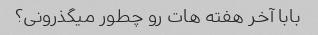
بابا آخر هفته هات رو چطور میگذرونی؟